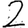
Digit: 2